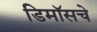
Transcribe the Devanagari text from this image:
डिमॉसचे